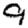
Digit: 9